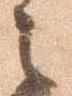
之